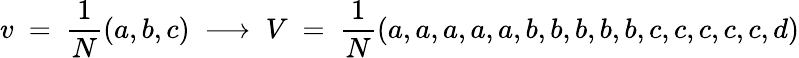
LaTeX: v\ =\ {\frac{1}{N}}(a,b,c)\ \longrightarrow\ V\ =\ {\frac{1}{N}}(a,a,a,a,a,b,b,b,b,b,c,c,c,c,c,d)